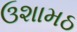
ઉશામઠ